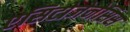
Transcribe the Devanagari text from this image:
एसिटोजेनेसिस